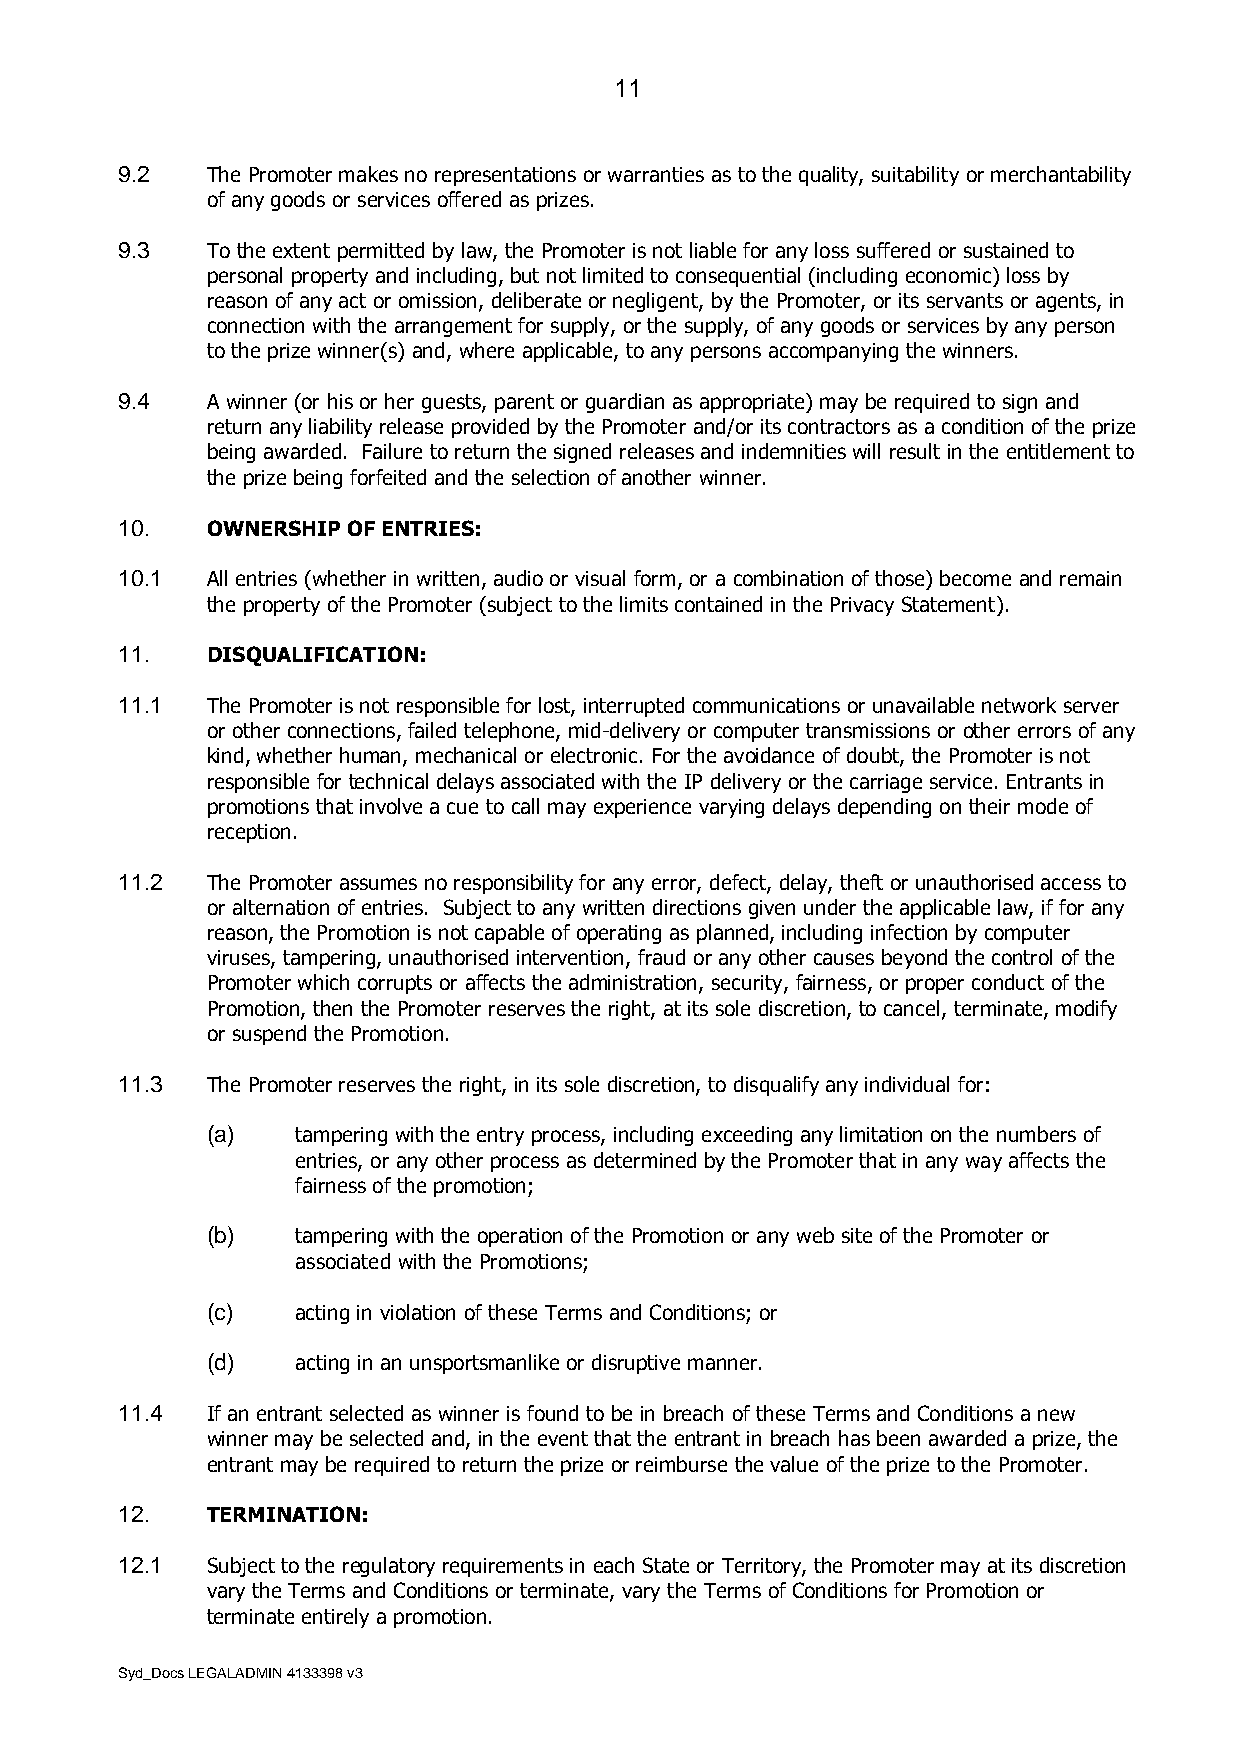
11
 9.2   The Promoter makes no representations or warranties as to the quality, suitability or merchantability
 of any goods or services offered as prizes.
 9.3   To the extent permitted by law, the Promoter is not liable for any loss suffered or sustained to
 personal property and including, but not limited to consequential (including economic) loss by
 reason of any act or omission, deliberate or negligent, by the Promoter, or its servants or agents, in
 connection with the arrangement for supply, or the supply, of any goods or services by any person
 to the prize winner(s) and, where applicable, to any persons accompanying the winners.
 9.4   A winner (or his or her guests, parent or guardian as appropriate) may be required to sign and
 return any liability release provided by the Promoter and/or its contractors as a condition of the prize
 being awarded. Failure to return the signed releases and indemnities will result in the entitlement to
 the prize being forfeited and the selection of another winner.
 10.   OWNERSHIP OF ENTRIES:
 10.1  All entries (whether in written, audio or visual form, or a combination of those) become and remain
 the property of the Promoter (subject to the limits contained in the Privacy Statement).
 11.   DISQUALIFICATION:
 11.1  The Promoter is not responsible for lost, interrupted communications or unavailable network server
 or other connections, failed telephone, mid-delivery or computer transmissions or other errors of any
 kind, whether human, mechanical or electronic. For the avoidance of doubt, the Promoter is not
 responsible for technical delays associated with the IP delivery or the carriage service. Entrants in
 promotions that involve a cue to call may experience varying delays depending on their mode of
 reception.
 11.2  The Promoter assumes no responsibility for any error, defect, delay, theft or unauthorised access to
 or alternation of entries. Subject to any written directions given under the applicable law, if for any
 reason, the Promotion is not capable of operating as planned, including infection by computer
 viruses, tampering, unauthorised intervention, fraud or any other causes beyond the control of the
 Promoter which corrupts or affects the administration, security, fairness, or proper conduct of the
 Promotion, then the Promoter reserves the right, at its sole discretion, to cancel, terminate, modify
 or suspend the Promotion.
 11.3  The Promoter reserves the right, in its sole discretion, to disqualify any individual for:
 (a)   tampering with the entry process, including exceeding any limitation on the numbers of
 entries, or any other process as determined by the Promoter that in any way affects the
 fairness of the promotion;
 (b)   tampering with the operation of the Promotion or any web site of the Promoter or
 associated with the Promotions;
 (c)   acting in violation of these Terms and Conditions; or
 (d)   acting in an unsportsmanlike or disruptive manner.
 11.4  If an entrant selected as winner is found to be in breach of these Terms and Conditions a new
 winner may be selected and, in the event that the entrant in breach has been awarded a prize, the
 entrant may be required to return the prize or reimburse the value of the prize to the Promoter.
 12.   TERMINATION:
 12.1  Subject to the regulatory requirements in each State or Territory, the Promoter may at its discretion
 vary the Terms and Conditions or terminate, vary the Terms of Conditions for Promotion or
 terminate entirely a promotion.
 Syd_Docs LEGALADMIN 4133398 v3